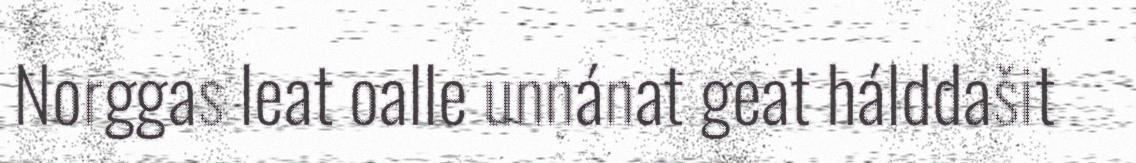
Norggas leat oalle unnánat geat hálddašit